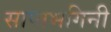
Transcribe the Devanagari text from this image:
साप्तभगिनी